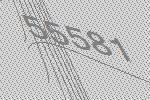
55581